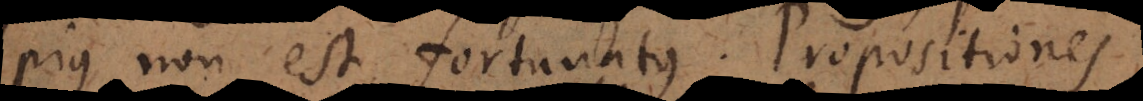
pius non est fortunatus, Propositiones